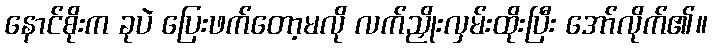
နောင်စိုးက ခုပဲ ပြေးဖက်တော့မလို လက်ညှိုးလှမ်းထိုးပြီး အော်လိုက်၏။